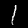
Label: 1